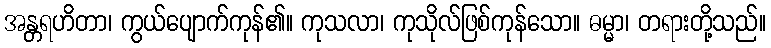
အန္တရဟိတာ၊ ကွယ်ပျောက်ကုန်၏။ ကုသလာ၊ ကုသိုလ်ဖြစ်ကုန်သော။ ဓမ္မာ၊ တရားတို့သည်။